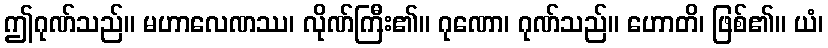
ဤဂုဏ်သည်။ မဟာလေဏဿ၊ လိုဏ်ကြီး၏။ ဂုဏော၊ ဂုဏ်သည်။ ဟောတိ၊ ဖြစ်၏။ ယံ၊